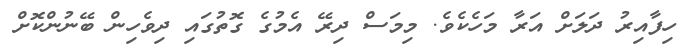
ހިފާއިރު ދަލަށް އަރާ މަހެކެވެ. މިމަސް ދިރޭ އެމުގެ ގޮތުގައި ދިވެހިން ބޭނުންކޮށް